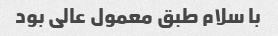
با سلام طبق معمول عالی بود